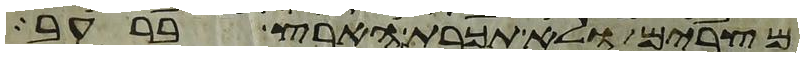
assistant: מצרים ולא תכרת הארץ ברעב